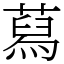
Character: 蕮